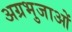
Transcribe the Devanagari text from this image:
अग्रभुजाओं